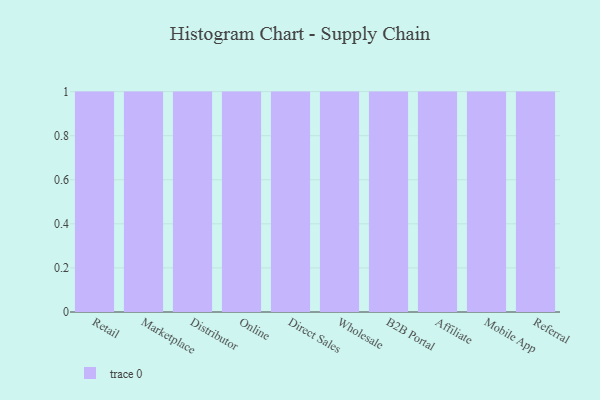
{"axis": {"x": "Channel", "y": "Operating Costs (USD K)"}, "legend": [""], "data": [{"x": "Retail", "y": 28, "type": ""}, {"x": "Marketplace", "y": 43, "type": ""}, {"x": "Distributor", "y": 98, "type": ""}, {"x": "Online", "y": 34, "type": ""}, {"x": "Direct Sales", "y": 63, "type": ""}, {"x": "Wholesale", "y": 99, "type": ""}, {"x": "B2B Portal", "y": 56, "type": ""}, {"x": "Affiliate", "y": 52, "type": ""}, {"x": "Mobile App", "y": 54, "type": ""}, {"x": "Referral", "y": 55, "type": ""}]}